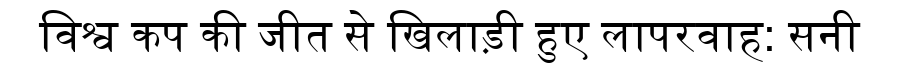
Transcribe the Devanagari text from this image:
विश्व कप की जीत से खिलाड़ी हुए लापरवाह: सनी